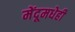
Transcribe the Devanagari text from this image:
मेंदूमधेही